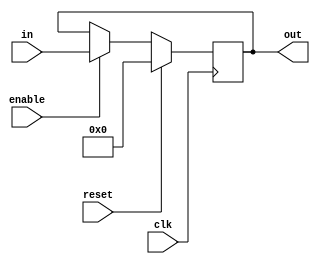
////////////////////////////////////////////////////////////////////////////////////////////////////////
//
// Institution   : Bandung Institute of Technology
//
// Design Name   : DFlipFlop with reset port
// Module Name   : Dflipflop
// Project Name  : LSI Design Contest in Okinawa 2018
// Target Devices: Zynq 7000
// Tool versions : Vivado v.2016.4
//
// Description: 
// 		DFlipFlop with reset functionality
// 
//
// Revision: 
// Revision 0.01 - File Created
//
///////////////////////////////////////////////////////////////////////////////////////////////////////

module Dflipflop (clk,reset,in,enable,out);

parameter DWIDTH=32;

input wire clk;
input wire reset;
input wire signed [DWIDTH-1:0] in;
output reg signed [DWIDTH-1:0] out;
input wire enable;

always @(posedge clk)
begin
	if (reset)
	  begin
		out <= 32'b00000000000000000000000000000000;
	  end
	else 
	  begin
		if (enable==1)
		  begin
			out <= in;
		  end
		else
		  begin
			out <= out;
		  end
	  end
end

endmodule